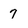
Character: 7